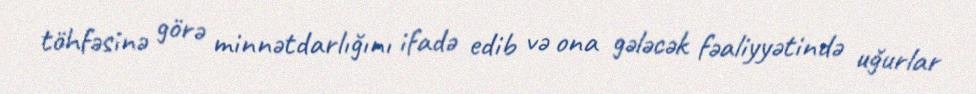
töhfəsinə görə minnətdarlığını ifadə edib və ona gələcək fəaliyyətində uğurlar